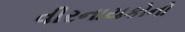
વીરનાયકોનો